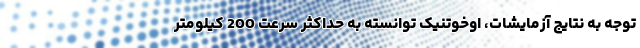
توجه به نتایج آزمایشات، اوخوتنیک توانسته به حداکثر سرعت 200 کیلومتر